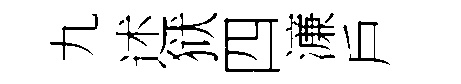
九述狱四濓戶